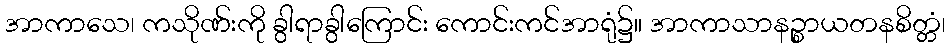
အာကာသေ၊ ကသိုဏ်းကို ခွါရာခွါကြောင်း ကောင်းကင်အာရုံ၌။ အာကာသာနဉ္စာယတနစိတ္တံ၊